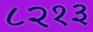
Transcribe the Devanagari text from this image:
८२१३